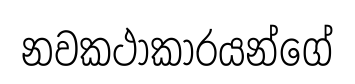
නවකථාකාරයන්ගේ